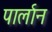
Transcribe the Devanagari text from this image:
पार्लान